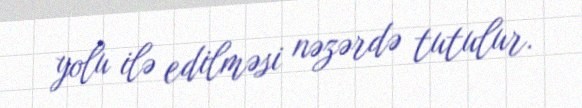
yolu ilə edilməsi nəzərdə tutulur.